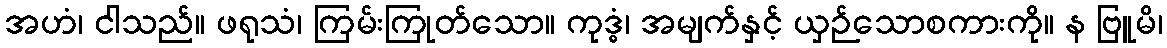
အဟံ၊ ငါသည်။ ဖရုသံ၊ ကြမ်းကြုတ်သော။ ကုဒ္ဓံ၊ အမျက်နှင့် ယှဉ်သောစကားကို။ န ဗြူမိ၊